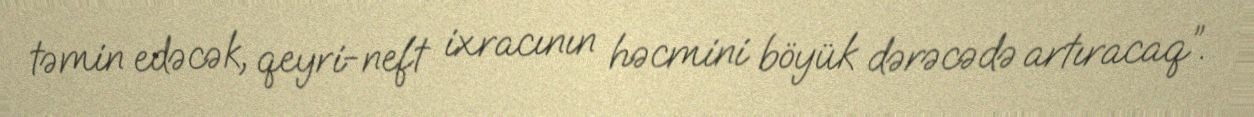
təmin edəcək, qeyri-neft ixracının həcmini böyük dərəcədə artıracaq”.